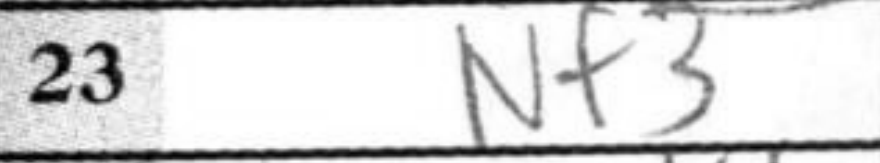
Transcription: Nf3